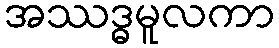
အဿဒ္ဓမူလကာ